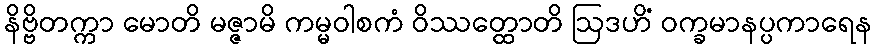
နိဗ္ဗိတက္ကာ မောတိ မဇ္ဇာမိ ကမ္မဝါစကံ ဝိဿတ္ထောတိ ဩဒဟိံ ဝက္ခမာနပ္ပကာရေန